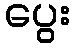
ပွေး